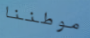
موطننا